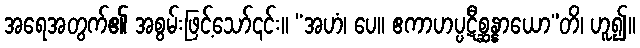
အရေအတွက်၏ အစွမ်းဖြင့်သော်၎င်း။ “အဟံ၊ ပေ။ ဧကာဟပ္ပဋီစ္ဆန္နာယော”တိ၊ ဟူ၍။